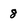
Character: 8